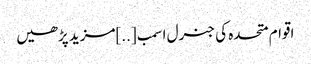
اقوام متحدہ کی جنرل اسمب [..]مزید پڑھیں